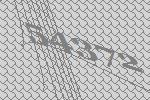
54372